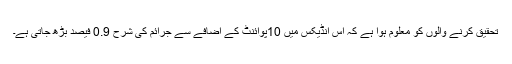
تحقیق کرنے والوں کو معلوم ہوا ہے کہ اس انڈیکس میں 10پوائنٹ کے اضافے سے جرائم کی شرح 0.9 فیصد بڑھ جاتی ہے۔